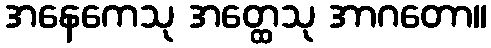
အနေကေသု အတ္ထေသု အာဂတော။